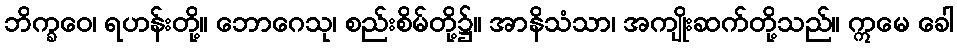
ဘိက္ခဝေ၊ ရဟန်းတို့။ ဘောဂေသု၊ စည်းစိမ်တို့၌။ အာနိသံသာ၊ အကျိုးဆက်တို့သည်။ ဣမေ ခေါ